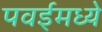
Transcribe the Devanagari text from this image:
पवईमध्ये